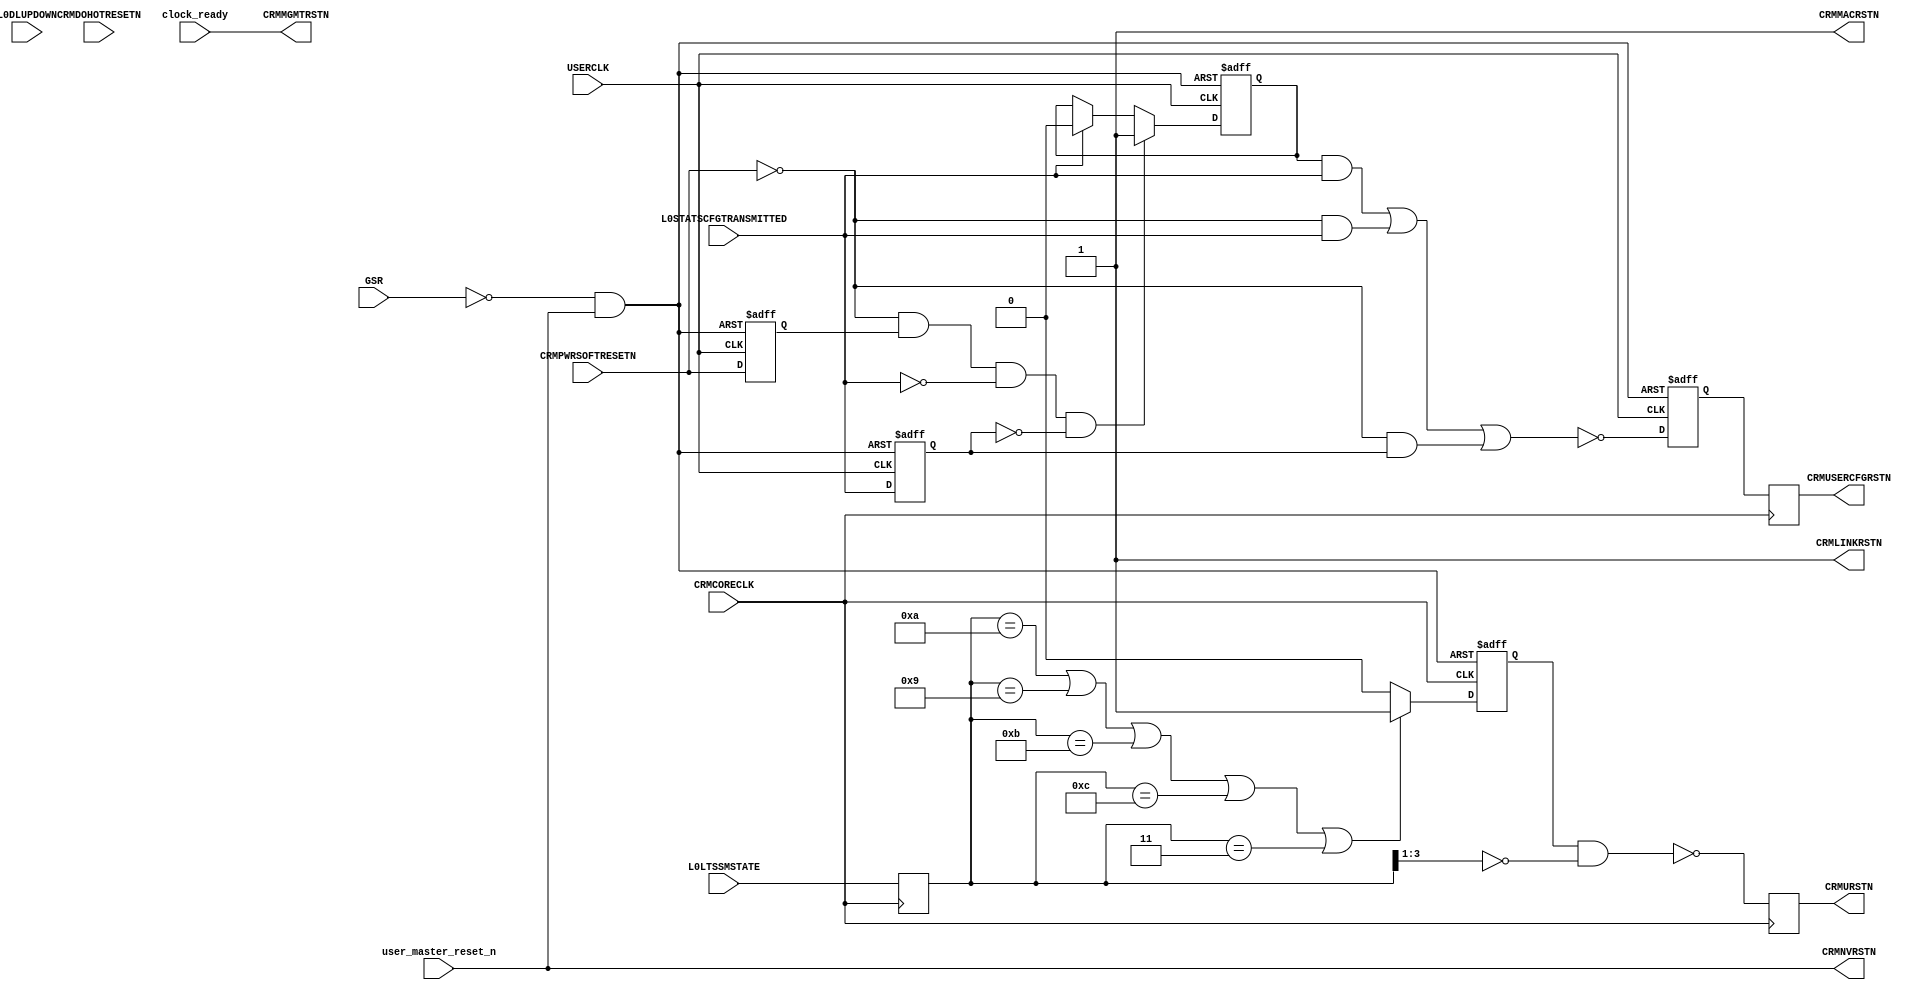

//-----------------------------------------------------------------------------
//
// (c) Copyright 2009-2010 Xilinx, Inc. All rights reserved.
//
// This file contains confidential and proprietary information
// of Xilinx, Inc. and is protected under U.S. and
// international copyright and other intellectual property
// laws.
//
// DISCLAIMER
// This disclaimer is not a license and does not grant any
// rights to the materials distributed herewith. Except as
// otherwise provided in a valid license issued to you by
// Xilinx, and to the maximum extent permitted by applicable
// law: (1) THESE MATERIALS ARE MADE AVAILABLE "AS IS" AND
// WITH ALL FAULTS, AND XILINX HEREBY DISCLAIMS ALL WARRANTIES
// AND CONDITIONS, EXPRESS, IMPLIED, OR STATUTORY, INCLUDING
// BUT NOT LIMITED TO WARRANTIES OF MERCHANTABILITY, NON-
// INFRINGEMENT, OR FITNESS FOR ANY PARTICULAR PURPOSE; and
// (2) Xilinx shall not be liable (whether in contract or tort,
// including negligence, or under any other theory of
// liability) for any loss or damage of any kind or nature
// related to, arising under or in connection with these
// materials, including for any direct, or any indirect,
// special, incidental, or consequential loss or damage
// (including loss of data, profits, goodwill, or any type of
// loss or damage suffered as a result of any action brought
// by a third party) even if such damage or loss was
// reasonably foreseeable or Xilinx had been advised of the
// possibility of the same.
//
// CRITICAL APPLICATIONS
// Xilinx products are not designed or intended to be fail-
// safe, or for use in any application requiring fail-safe
// performance, such as life-support or safety devices or
// systems, Class III medical devices, nuclear facilities,
// applications related to the deployment of airbags, or any
// other applications that could lead to death, personal
// injury, or severe property or environmental damage
// (individually and collectively, "Critical
// Applications"). Customer assumes the sole risk and
// liability of any use of Xilinx products in Critical
// Applications, subject only to applicable laws and
// regulations governing limitations on product liability.
//
// THIS COPYRIGHT NOTICE AND DISCLAIMER MUST BE RETAINED AS
// PART OF THIS FILE AT ALL TIMES.
//
//-----------------------------------------------------------------------------
// Project    : V5-Block Plus for PCI Express
//--------------------------------------------------------------------------------
//--------------------------------------------------------------------------------
//
//   ____  ____
//  /   /\/   /
// /___/  \  /    Vendor      : Xilinx
// \   \   \/     Version     : 1.1
//  \   \         Application : Generated by Xilinx PCI Express Wizard
//  /   /         Filename    : pcie_reset_logic.v
// /___/   /\     Module      : reset_logic 
// \   \  /  \
//  \___\/\___\
//
//------------------------------------------------------------------------------

module reset_logic
(
   L0DLUPDOWN,
   GSR,
   CRMCORECLK,
   USERCLK,
   L0LTSSMSTATE,
   L0STATSCFGTRANSMITTED,
   CRMDOHOTRESETN,
   CRMPWRSOFTRESETN,
   CRMMGMTRSTN,

   CRMNVRSTN,
   CRMMACRSTN,
   CRMLINKRSTN,
   CRMURSTN,
   CRMUSERCFGRSTN,
   
   user_master_reset_n,
   clock_ready
   
);

input L0DLUPDOWN;
input GSR;
input CRMCORECLK;
input USERCLK;
input [3:0] L0LTSSMSTATE;
input L0STATSCFGTRANSMITTED;
input CRMDOHOTRESETN;
input CRMPWRSOFTRESETN;

output CRMMGMTRSTN;
output CRMNVRSTN;
output CRMMACRSTN;
output CRMLINKRSTN;
output CRMURSTN;
output CRMUSERCFGRSTN;

input user_master_reset_n;
input clock_ready;

parameter G_RESETMODE = "FALSE";
parameter G_RESETSUBMODE = 1;
parameter G_USE_EXTRA_REG = 1;

// Common logic for all reset mode

wire fpga_logic_reset_n;
assign fpga_logic_reset_n = ~GSR && user_master_reset_n;

// L0DLUPDOWN[0] capture
reg dl_down_1, dl_down_2;
reg dl_down_reset_1_n, dl_down_reset_2_n;
reg dl_down_reset_n;
reg crm_pwr_soft_reset_n_aftersentcpl;
reg softreset_wait_for_cpl;
reg crmpwrsoftresetn_d;
reg l0statscfgtransmitted_d;
wire crmpwrsoftresetn_fell;

always @ (posedge CRMCORECLK, negedge fpga_logic_reset_n)
   if (!fpga_logic_reset_n) begin
        dl_down_1 <= 1'b1;
        dl_down_2 <= 1'b1;
   end else begin
        dl_down_1 <= L0DLUPDOWN;
        dl_down_2 <= dl_down_1;
   end

// Edge detect and pulse stretch to create dl_down_reset_n pulse
// The pulse can be further stretched for debugging purpose by adding
// more register stages.
always @ (posedge CRMCORECLK, negedge fpga_logic_reset_n)
   if (!fpga_logic_reset_n) begin
        dl_down_reset_1_n <= 1'b1;
        dl_down_reset_2_n <= 1'b1;
        dl_down_reset_n <= 1'b1;
   end else begin
        dl_down_reset_1_n <= ~(~dl_down_1 & dl_down_2);
        dl_down_reset_2_n <= dl_down_reset_1_n;
        dl_down_reset_n <= dl_down_reset_1_n && dl_down_reset_2_n;
   end


// This logic ensures that if we get a D3->D0 transition (which triggers
// soft_reset), then we will not reset until the Cpl is generated
// Wait for CRMPWRSOFTRESETN to assert to indicate this condition, and pulse
// CRMUSERCFGRSTN once the Cfg Cpl exits (L0STATSCFGTRANSMITTED). It is
// possible for L0STATSCFGTRANSMITTED to occur simultaneously or one cycle
// before CRMPWRSOFTRESETN asserts.
always @ (posedge USERCLK, negedge fpga_logic_reset_n)
   if      (!fpga_logic_reset_n)
        softreset_wait_for_cpl <= 1'b0;
   else if (crmpwrsoftresetn_fell && !L0STATSCFGTRANSMITTED && !l0statscfgtransmitted_d)
        softreset_wait_for_cpl <= 1'b1;
   else if (L0STATSCFGTRANSMITTED)
        softreset_wait_for_cpl <= 1'b0;

always @ (posedge USERCLK, negedge fpga_logic_reset_n)
   if      (!fpga_logic_reset_n) begin
        crm_pwr_soft_reset_n_aftersentcpl <= 1'b1;
        crmpwrsoftresetn_d                <= 1'b1;
        l0statscfgtransmitted_d           <= 1'b0;
   end else begin
        crm_pwr_soft_reset_n_aftersentcpl <= !((softreset_wait_for_cpl && L0STATSCFGTRANSMITTED) || 
                                               (!CRMPWRSOFTRESETN      && L0STATSCFGTRANSMITTED) ||
                                               (!CRMPWRSOFTRESETN      && l0statscfgtransmitted_d));
        crmpwrsoftresetn_d                <= CRMPWRSOFTRESETN;
        l0statscfgtransmitted_d           <= L0STATSCFGTRANSMITTED;
   end

assign crmpwrsoftresetn_fell = !CRMPWRSOFTRESETN && crmpwrsoftresetn_d;


// End common logic section

generate 
  if (G_RESETMODE == "TRUE") begin : resetmode_true
   // 6-domain reset mode (RESETMODE=TRUE)
   
     if (G_RESETSUBMODE == 0) begin : sub_0_mode_true
       // a. user_master_reset_n is used to drive CRMMGMTRSTN
       assign CRMMGMTRSTN = clock_ready && user_master_reset_n;
       assign CRMNVRSTN = 1'b1;
       assign CRMMACRSTN = 1'b1;
       assign CRMLINKRSTN = dl_down_reset_n && CRMDOHOTRESETN;
       assign CRMURSTN = dl_down_reset_n && CRMDOHOTRESETN;
       assign CRMUSERCFGRSTN = dl_down_reset_n && CRMDOHOTRESETN && crm_pwr_soft_reset_n_aftersentcpl;
     end
   
     else begin : sub_1_mode_true
       //b. user_master_reset_n is used but does not drive CRMMGMTRSTN
       assign CRMMGMTRSTN = clock_ready;
       assign CRMNVRSTN = user_master_reset_n;
       assign CRMMACRSTN = user_master_reset_n;
       assign CRMLINKRSTN = user_master_reset_n && dl_down_reset_n && CRMDOHOTRESETN;
       assign CRMURSTN = user_master_reset_n && dl_down_reset_n && CRMDOHOTRESETN;
       assign CRMUSERCFGRSTN = user_master_reset_n && dl_down_reset_n && CRMDOHOTRESETN && crm_pwr_soft_reset_n_aftersentcpl;
     end
   
   // End 6-domain reset mode logic
  end
endgenerate


generate 
  if (G_RESETMODE == "FALSE") begin : resetmode_false
    // 4-domain hierarchical reset mode (RESETMODE=FALSE)
    // This mode requires decoding the L0LTSSMSTATE outputs
    // from the PCIe block to detect LTSSM transition from Disabled
    // (1011), Loopback (1001) or Hot Reset (1010) to Detect (0001).
    wire ltssm_linkdown_hot_reset_n;
    reg ltssm_dl_down_last_state;
    reg [3:0] ltssm_capture;
    reg crmpwrsoftresetn_capture;
    reg ltssm_linkdown_hot_reset_reg_n;
    
    // Use with G_USE_EXTRA_REG == 1 for better timing
    always @ (posedge CRMCORECLK) begin
       ltssm_capture <= L0LTSSMSTATE;
       //crmpwrsoftresetn_capture <= CRMPWRSOFTRESETN;
       crmpwrsoftresetn_capture <= crm_pwr_soft_reset_n_aftersentcpl;
       ltssm_linkdown_hot_reset_reg_n <= ltssm_linkdown_hot_reset_n;
    end
    
    always @ (posedge CRMCORECLK, negedge fpga_logic_reset_n) begin
       if (G_USE_EXTRA_REG == 1) begin
          if (!fpga_logic_reset_n) begin
               ltssm_dl_down_last_state <= 1'b0;
          end else if ((ltssm_capture == 4'b1010) || (ltssm_capture == 4'b1001) || (ltssm_capture == 4'b1011) ||
                       (ltssm_capture == 4'b1100) || (ltssm_capture == 4'b0011)) begin
               ltssm_dl_down_last_state <= 1'b1;
          end else begin
               ltssm_dl_down_last_state <= 1'b0;
          end
       end else begin
          if (!fpga_logic_reset_n) begin
               ltssm_dl_down_last_state <= 1'b0;
          end else if ((L0LTSSMSTATE == 4'b1010) || (L0LTSSMSTATE == 4'b1001) || (L0LTSSMSTATE == 4'b1011) ||
                       (L0LTSSMSTATE == 4'b1100) || (L0LTSSMSTATE == 4'b0011)) begin
               ltssm_dl_down_last_state <= 1'b1;
          end else begin
               ltssm_dl_down_last_state <= 1'b0;
          end
       end
    end
    
    assign ltssm_linkdown_hot_reset_n = (G_USE_EXTRA_REG == 1) ? 
         ~(ltssm_dl_down_last_state && (ltssm_capture[3:1] == 3'b000)) :
         ~(ltssm_dl_down_last_state && (L0LTSSMSTATE[3:1] == 3'b000));
    
      if (G_RESETSUBMODE == 0) begin : sub_0_mode_false
         // a. user_master_reset_n is used to drive CRMMGMTRSTN
         assign CRMMGMTRSTN = clock_ready && user_master_reset_n;
         assign CRMNVRSTN = 1'b1;
         assign CRMURSTN = (G_USE_EXTRA_REG == 1) ? ltssm_linkdown_hot_reset_reg_n : ltssm_linkdown_hot_reset_n;
         assign CRMUSERCFGRSTN = (G_USE_EXTRA_REG == 1) ? crmpwrsoftresetn_capture : crm_pwr_soft_reset_n_aftersentcpl;
         assign CRMMACRSTN = 1'b1;  // not used, just avoiding 'z' in simulation
         assign CRMLINKRSTN = 1'b1; // not used, just avoiding 'z' in simulation
      end
    
      else begin : sub_1_mode_false
         // b. user_master_reset_n is used but does not drive CRMMGMTRSTN
         assign CRMMGMTRSTN = clock_ready;
         assign CRMNVRSTN = user_master_reset_n;
         assign CRMURSTN = (G_USE_EXTRA_REG == 1) ? ltssm_linkdown_hot_reset_reg_n : ltssm_linkdown_hot_reset_n;
         assign CRMUSERCFGRSTN = (G_USE_EXTRA_REG == 1) ? crmpwrsoftresetn_capture : crm_pwr_soft_reset_n_aftersentcpl;
         assign CRMMACRSTN = 1'b1;  // not used, just avoiding 'z' in simulation
         assign CRMLINKRSTN = 1'b1; // not used, just avoiding 'z' in simulation
      end
    
    // End 4-domain hierarchical reset mode logic
  end
endgenerate

endmodule